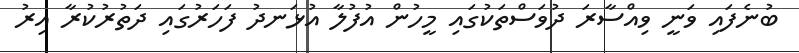
ބުނެފައި ވަނީ ވިއްސާރަ ދުވަސްތަކުގައި މީހުން އުފުލާ އުޅަނދު ފަހަރުގައި ދަތުރުކުރާ އިރު